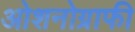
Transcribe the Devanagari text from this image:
ओशनोग्राफी